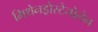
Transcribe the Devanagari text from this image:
मिथेनड्रोस्टेनोलेन